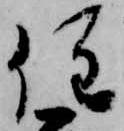
住